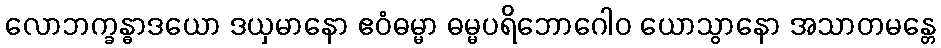
လောဘက္ခန္ဓာဒယော ဒယှမာနော ဧဝံဓမ္မာ ဓမ္မပရိဘောဂေါဝ ယောသွာနော အသာတမန္တေ